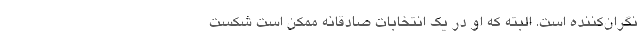
نگران‌کننده است. البته که او در یک انتخابات صادقانه ممکن است شکست